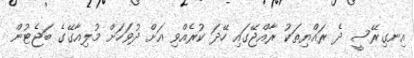
އިނގިރޭސީ ދެ ރައްޔިތަކު ރާއްޖޭގައި ހޭދަ ކުރެއްވި އަށް ދުވަހަށް މުލިއާގޭގެ ބަޖެޓުން